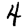
Digit: 4